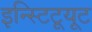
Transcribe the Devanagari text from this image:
इन्स्टिटूयूट